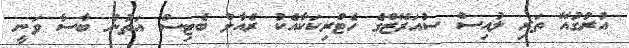
އުރުގުއޭ ތަރި ލުއިސް ސުއަރޭޒްގެ ހެޓްރިކަކާއެކު ރެއާލް ބެޓިސް އަތުން ބާސާ ވަނީ